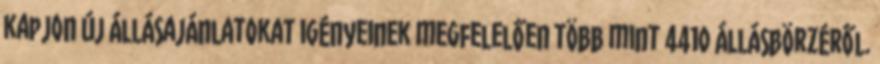
kapjon új állásajánlatokat igényeinek megfelelően több mint 4410 állásbörzéről.